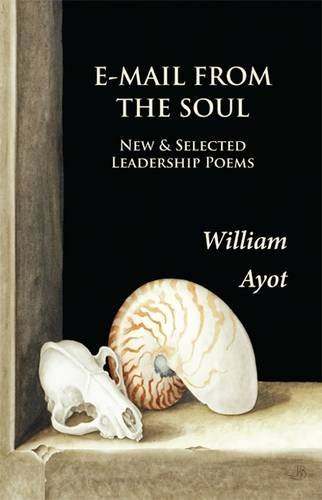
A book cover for E-mail from the Soul; William Ayot; Computers & Technology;